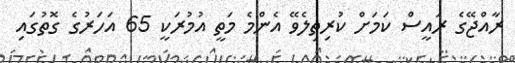
ރާއްޖޭގެ ރައީސް ކަމަށް ކުރިތިލެވޭ އެންމެ މަތީ އުމުރަކީ 65 އަހަރުގެ ގޮތުގައި